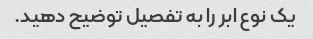
یک نوع ابر را به تفصیل توضیح دهید.